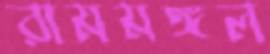
রামমঙ্গল